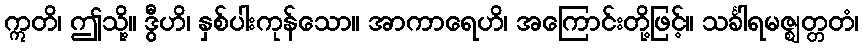
ဣတိ၊ ဤသို့။ ဒွီဟိ၊ နှစ်ပါးကုန်သော။ အာကာရေဟိ၊ အကြောင်းတို့ဖြင့်။ သင်္ခါရမဇ္ဈတ္တတံ၊